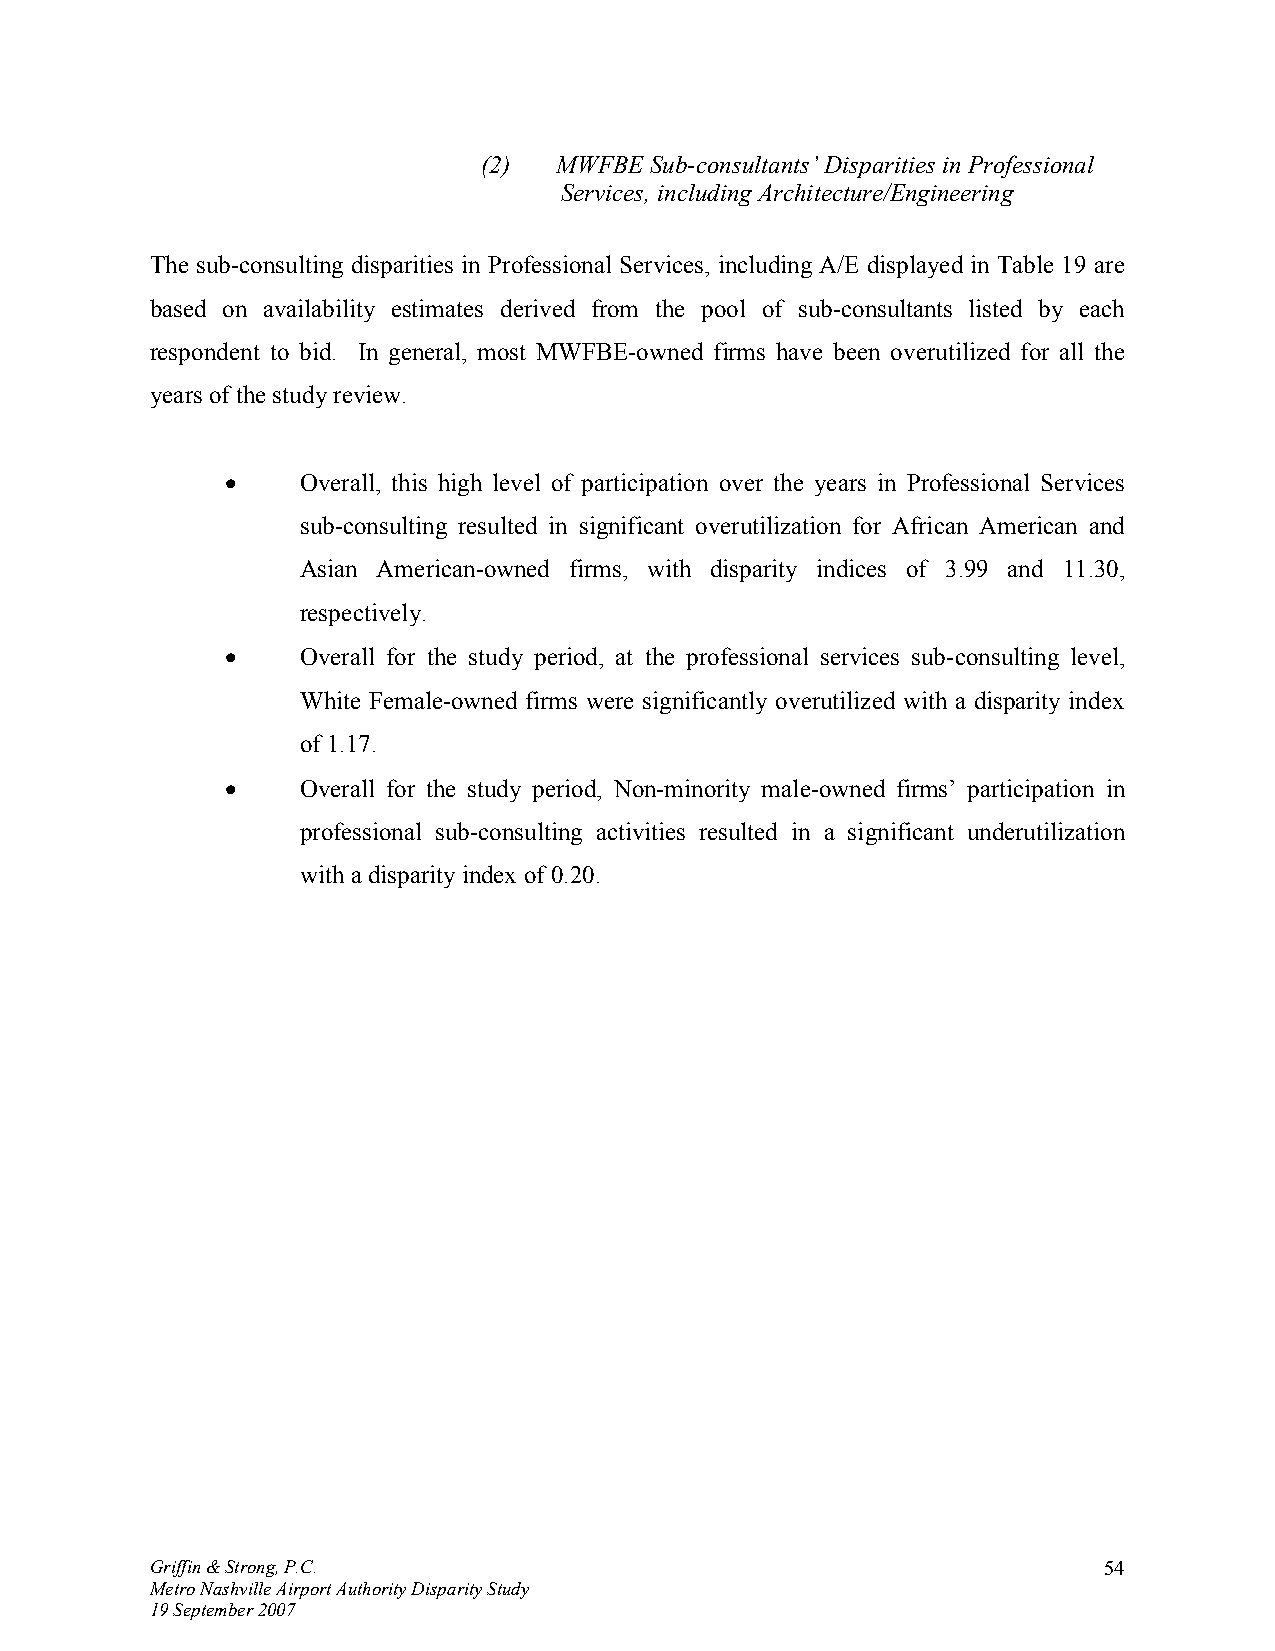
(2)  MWFBE Sub-consultants’ Disparities in Professional
 Services, including Architecture/Engineering
 The sub-consulting disparities in Professional Services, including A/E displayed in Table 19 are
 based on availability estimates derived from the pool of sub-consultants listed by each
 respondent to bid. In general, most MWFBE-owned firms have been overutilized for all the
 years of the study review.
 •    Overall, this high level of participation over the years in Professional Services
 sub-consulting resulted in significant overutilization for African American and
 Asian American-owned firms, with disparity indices of 3.99 and 11.30,
 respectively.
 •    Overall for the study period, at the professional services sub-consulting level,
 White Female-owned firms were significantly overutilized with a disparity index
 of 1.17.
 •    Overall for the study period, Non-minority male-owned firms’ participation in
 professional sub-consulting activities resulted in a significant underutilization
 with a disparity index of 0.20.
 Griffin & Strong, P.C.                                         54
 Metro Nashville Airport Authority Disparity Study
 19 September 2007